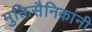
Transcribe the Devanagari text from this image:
मुक्तिसैनिकांनी